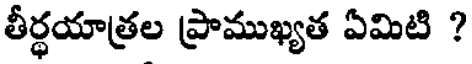
తీర్థయాత్రల ప్రాముఖ్యత ఏమిటి ?